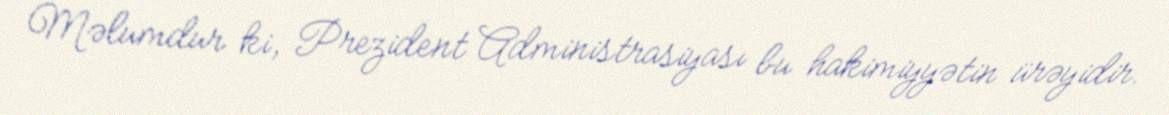
Məlumdur ki, Prezident Administrasiyası bu hakimiyyətin ürəyidir.